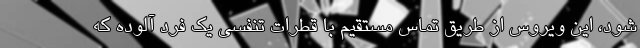
شود، این ویروس از طریق تماس مستقیم با قطرات تنفسی یک فرد آلوده که